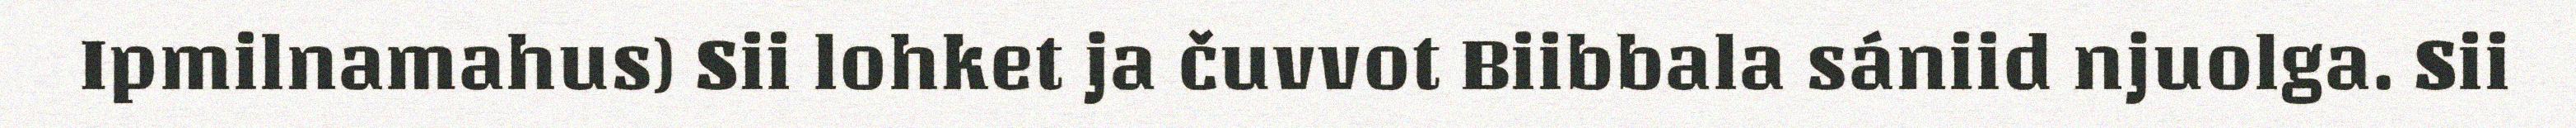
Ipmilnamahus) Sii lohket ja čuvvot Biibbala sániid njuolga. Sii